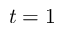
t = 1